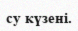
су күзені.